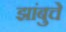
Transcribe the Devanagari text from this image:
झांबुचे